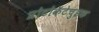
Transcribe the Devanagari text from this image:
प्रोटोकॅटेचुइक